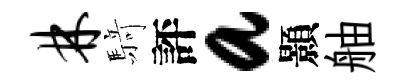
林𮪍評a顥舳